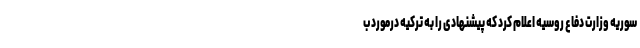
سوریه وزارت دفاع روسیه اعلام کرد که پیشنهادی را به ترکیه درمورد ب